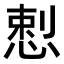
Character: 𭝥